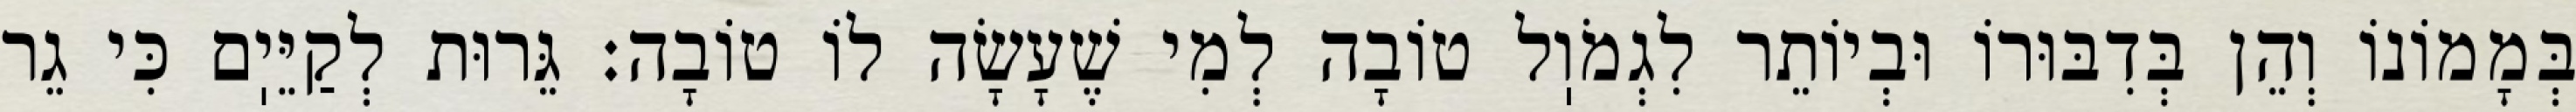
בְּמָמוֹנוֹ וְהֵן בְּדִבּוּרוֹ וּבְיוֹתֵר לִגְמֹוֽל טוֹבָה לְמִי שֶׁעָשָׂה לוֹ טוֹבָה: גֵּרוּת לְקַיֵּיֽם כִּי גֵר